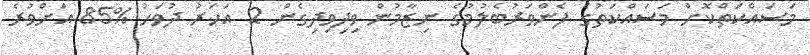
މަސައްކަތްކޮށް މަސައްކަތުގެ ފެންވަރުބެލުމުގެ ނިޒާމުން ވިދިވިދިގެން 2 އަހަރު ދުވަހު %85 އަށްވުރެ